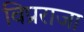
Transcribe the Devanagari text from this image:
विप्रराजा